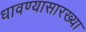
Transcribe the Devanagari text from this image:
धावण्यासारख्या